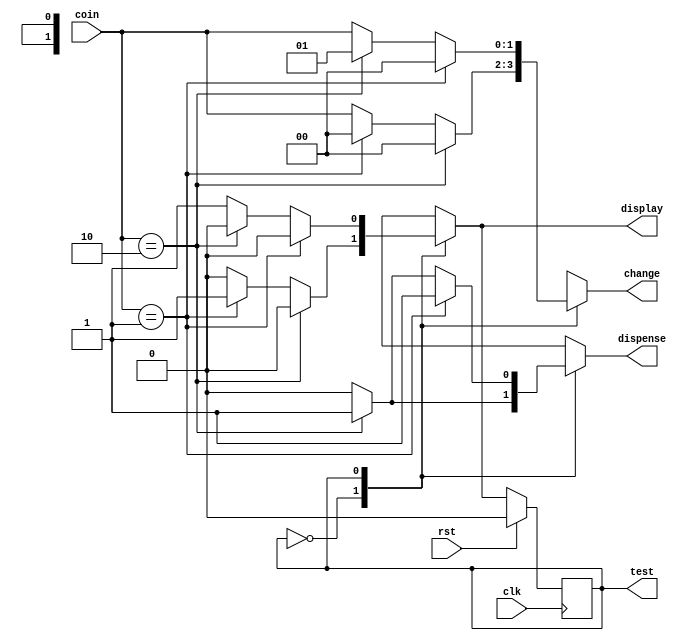
/*
   This file was generated automatically by Alchitry Labs version 1.2.1.
   Do not edit this file directly. Instead edit the original Lucid source.
   This is a temporary file and any changes made to it will be destroyed.
*/

module finitesm_4 (
    input clk,
    input rst,
    input [1:0] coin,
    output reg dispense,
    output reg [1:0] change,
    output reg display,
    output reg test
  );
  
  
  
  localparam NOCOIN_cm = 1'd0;
  localparam COIN_cm = 1'd1;
  
  reg M_cm_d, M_cm_q = NOCOIN_cm;
  
  always @* begin
    M_cm_d = M_cm_q;
    
    dispense = 1'h0;
    change = 1'h0;
    display = 1'h0;
    test = M_cm_q;
    
    case (M_cm_q)
      NOCOIN_cm: begin
        if (coin == 2'h2) begin
          M_cm_d = NOCOIN_cm;
          dispense = 1'h1;
          change = 1'h0;
          display = 1'h0;
        end else begin
          if (coin == 2'h1) begin
            M_cm_d = COIN_cm;
            dispense = 1'h0;
            change = 1'h0;
            display = 1'h1;
          end else begin
            M_cm_d = NOCOIN_cm;
            dispense = 1'h0;
            change = coin;
            display = 1'h0;
          end
        end
      end
      COIN_cm: begin
        if (coin == 2'h1) begin
          M_cm_d = NOCOIN_cm;
          dispense = 1'h1;
          change = 1'h0;
          display = 1'h0;
        end else begin
          if (coin == 2'h2) begin
            M_cm_d = NOCOIN_cm;
            dispense = 1'h1;
            change = 2'h1;
            display = 1'h0;
          end else begin
            M_cm_d = COIN_cm;
            dispense = 1'h0;
            change = coin;
            display = 1'h1;
          end
        end
      end
    endcase
  end
  
  always @(posedge clk) begin
    if (rst == 1'b1) begin
      M_cm_q <= 1'h0;
    end else begin
      M_cm_q <= M_cm_d;
    end
  end
  
endmodule